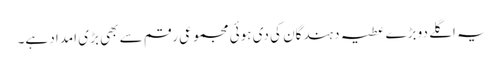
یہ اگلے دو بڑے عطیہ دہندگان کی دی ہوئی مجموعی رقم سے بھی بڑی امداد ہے۔